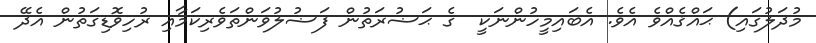
މުދަލުގައި) ޙައްޤެއްވެ އެވެ. އެބައިމީހުންނަކީ  ގެ ޙަޟުރަތުން ފަޟުލުވަންތަވެރިކަމާއި ރުހިވޮޑިގަތުން އެދޭ